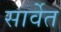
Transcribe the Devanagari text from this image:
सार्वेत